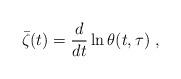
LaTeX: \begin{align*}\bar \zeta (t)=\frac{d}{dt}\ln \theta (t,\tau )\ ,\end{align*}